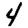
Digit: 4